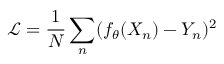
\mathcal { L } = \frac { 1 } { N } \sum _ { n } ( f _ { \theta } ( X _ { n } ) - Y _ { n } ) ^ { 2 }